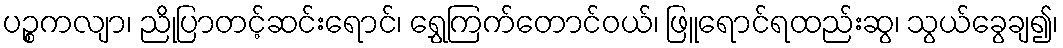
ပဉ္စကလျာ၊ ညိုပြာတင့်ဆင်းရောင်၊ ရွှေကြက်တောင်ဝယ်၊ ဖြူရောင်ရထည်းဆွ၊ သွယ်ခွေချ၍၊